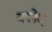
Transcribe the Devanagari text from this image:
क्‍लेद